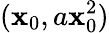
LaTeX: (\mathbf{x}_{0},a\mathbf{x}_{0}^{2})